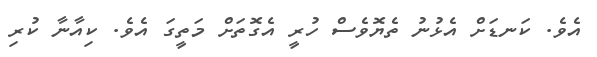
އެވެ. ކަނޑަށް އެޅުނު ތެޔޮވެސް ހުރީ އެގޮތަށް މަތީގަ އެވެ. ކިއާނާ ކުރި